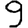
Digit: 9